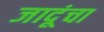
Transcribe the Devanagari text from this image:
जादूंचा